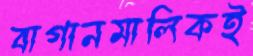
বাগানমালিকই